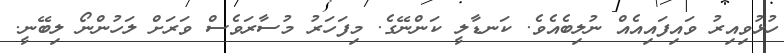
ހުޅުވިއިރު ވައިފައިއެއް ނުލިބެއެވެ. ކަނޑާލީ ކަންނޭގެ. މިފަހަރު މުސާރަވެސް ވަރަށް ލަހުންނޯ ލިބޭނީ.